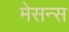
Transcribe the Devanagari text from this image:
मेसन्स